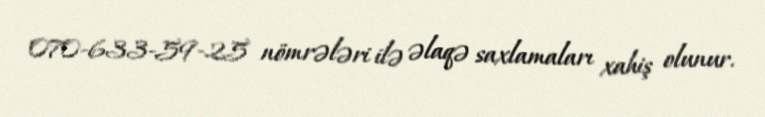
070-633-59-25 nömrələri ilə əlaqə saxlamaları xahiş olunur.